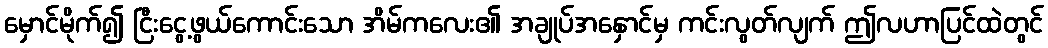
မှောင်မိုက်၍ ငြီးငွေ့ဖွယ်ကောင်းသော အိမ်ကလေး၏ အချုပ်အနှောင်မှ ကင်းလွတ်လျက် ဤလဟာပြင်ထဲတွင်